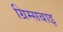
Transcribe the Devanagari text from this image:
ग्रिम्सबाइ